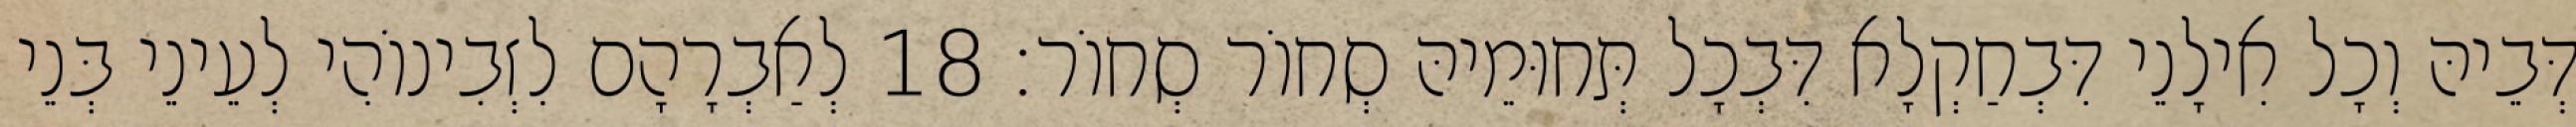
דְּבֵיהּ וְכָל אִילָנֵי דִּבְחַקְלָא דִּבְכָל תְּחוּמֵיהּ סְחוֹר סְחוֹר׃ 18 לְאַבְרָהָם לִזְבִינוֹהִי לְעֵינֵי בְּנֵי